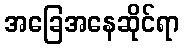
အခြေအနေဆိုင်ရာ